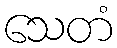
သေတံ